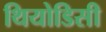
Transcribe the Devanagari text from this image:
थियोडिसी